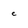
Character: e